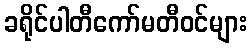
ခရိုင်ပါတီကော်မတီဝင်များ